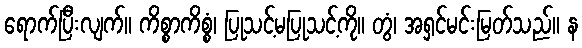
ရောက်ပြီးလျက်။ ကိစ္စာကိစ္စံ၊ ပြုသင့်မပြုသင့်ကို။ တွံ၊ အရှင်မင်းမြတ်သည်။ န